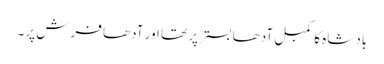
بادشاہ کا کمبل آدھا بستر پر تھا اور آدھا فرش پر۔